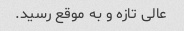
عالی تازه و به موقع رسید.